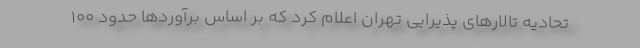
تحادیه تالارهای پذیرایی تهران اعلام کرد که بر اساس برآوردها حدود ۱۰۰